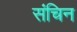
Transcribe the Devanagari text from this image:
संचिन